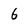
Character: 6